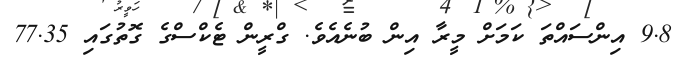
9.8 އިންސައްތަ ކަމަށް މީރާ އިން ބުނެއެވެ. ގްރީން ޓެކްސްގެ ގޮތުގައި 77.35